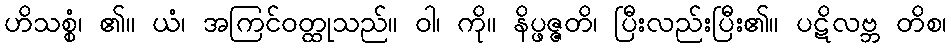
ဟိသစ္စံ၊ ၏။ ယံ၊ အကြင်ဝတ္ထုသည်။ ဝါ၊ ကို။ နိပ္ဖဇ္ဇတိ၊ ပြီးလည်းပြီး၏။ ပဋိလဗ္ဘ တိစ၊